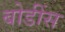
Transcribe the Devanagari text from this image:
बोडींस